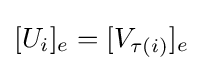
[U_{i}]_{e}=[V_{\tau (i)}]_{e}